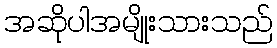
အဆိုပါအမျိုးသားသည်